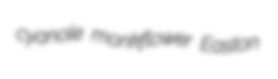
cyanole monkflower Easton